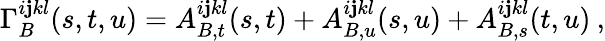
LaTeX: \Gamma_{B}^{i\mathbf{j}kl}(s,t,u)=A_{B,t}^{i\mathbf{j}kl}(s,t)+A_{B,u}^{i\mathbf{j}kl}(s,u)+A_{B,s}^{i\mathbf{j}kl}(t,u)\: ,